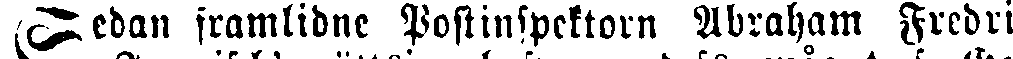
Sedan framlidne Postinspektorn Abraham Fredri